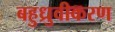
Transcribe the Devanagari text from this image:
बहुध्रुवीकरण